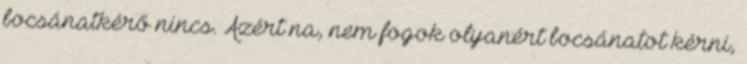
bocsánatkérő nincs. Azért na, nem fogok olyanért bocsánatot kérni,